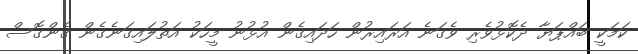
ކަމަކީ ބައްޕަޔާ ދެކޮޅުވެރި ވެގަނެ އަރައިރުން ހަދައިގެން އުޅުނު މީހަކު އަތުލައިގަނެގެން ގެންގޮސް